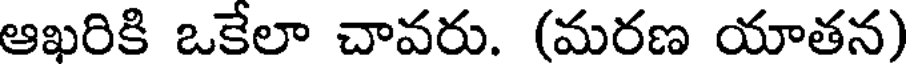
ఆఖరికి ఒకేలా చావరు. (మరణ యాతన)